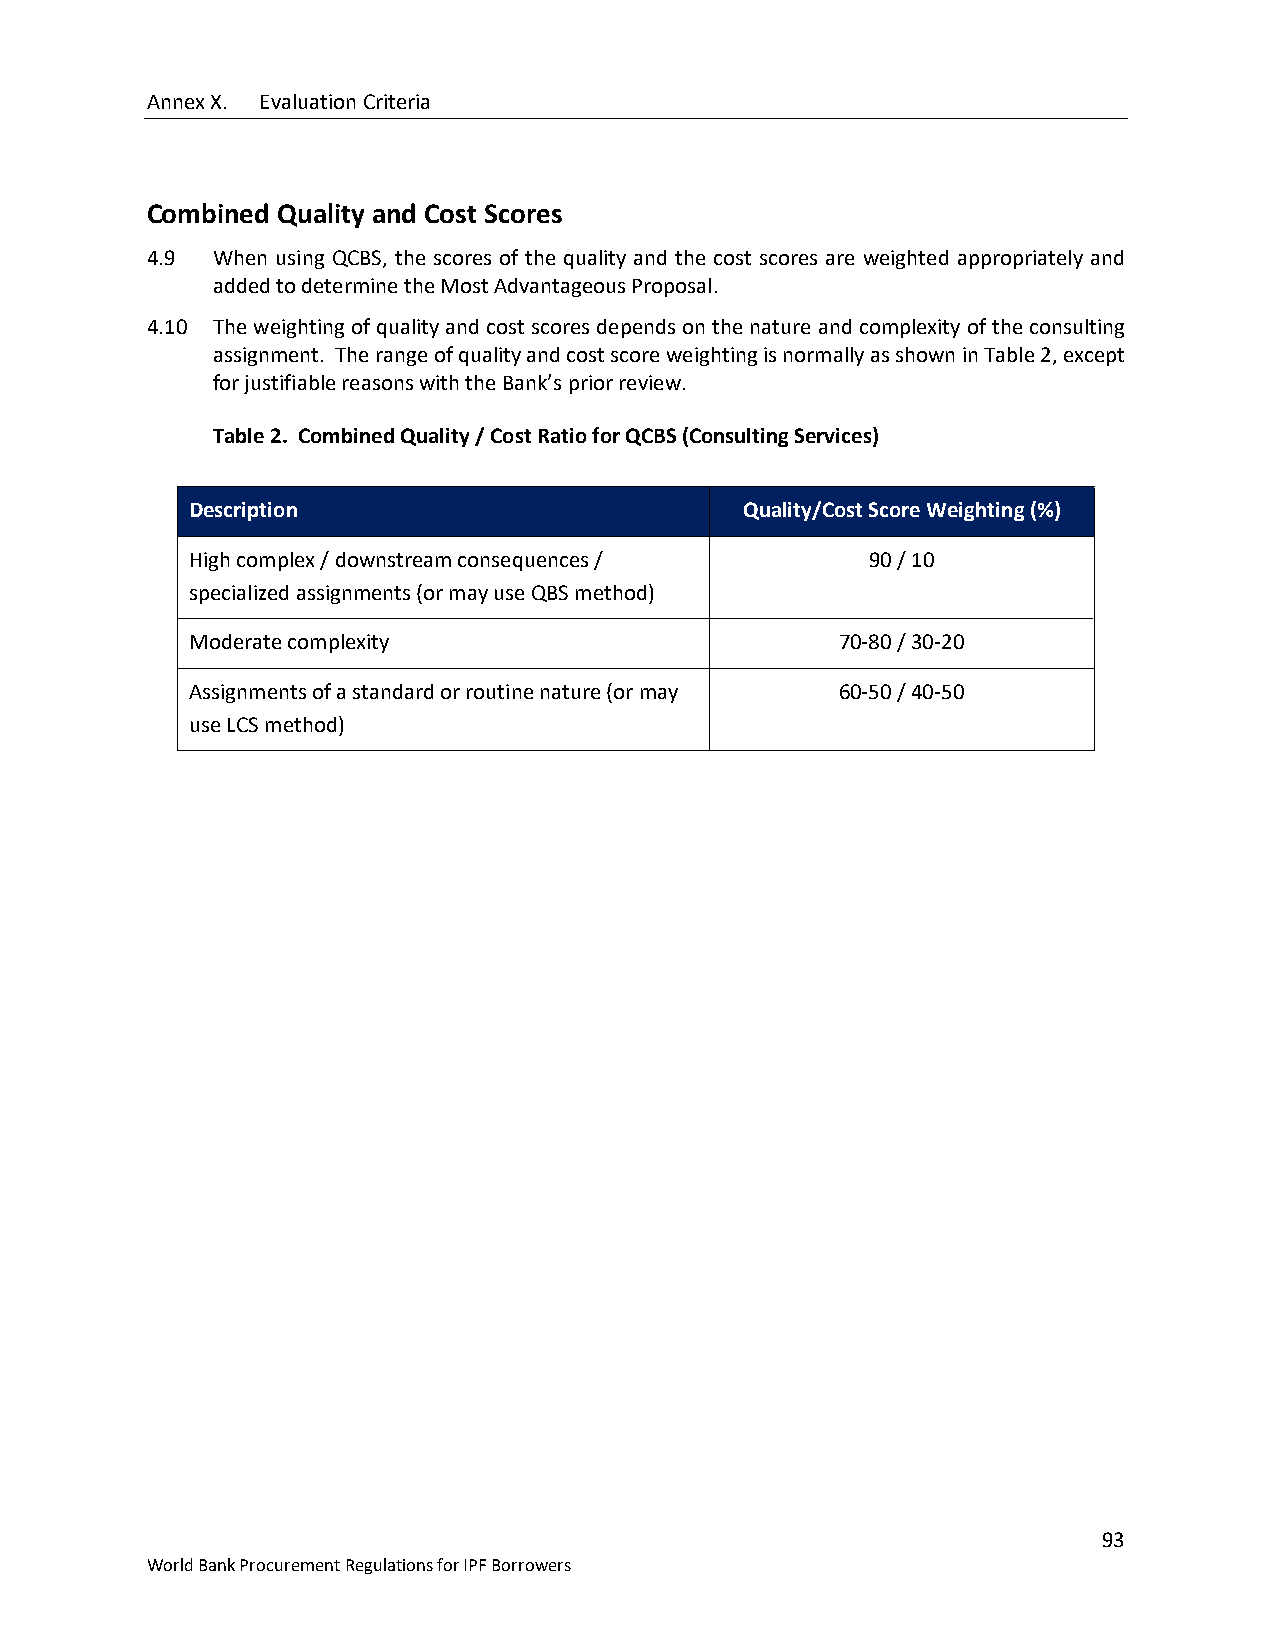
Annex X. Evaluation Criteria
 Combined Quality and Cost Scores
 4.9 When using QCBS, the scores of the quality and the cost scores are weighted appropriately and
 added to determine the Most Advantageous Proposal.
 4.10 The weighting of quality and cost scores depends on the nature and complexity of the consulting
 assignment. The range of quality and cost score weighting is normally as shown in Table 2, except
 for justifiable reasons with the Bank’s prior review.
 Table 2. Combined Quality / Cost Ratio for QCBS (Consulting Services)
 Description                         Quality/Cost Score Weighting (%)
 High complex / downstream consequences /     90 / 10
 specialized assignments (or may use QBS method)
 Moderate complexity                        70-80 / 30-20
 Assignments of a standard or routine nature (or may 60-50 / 40-50
 use LCS method)
 93
 World Bank Procurement Regulations for IPF Borrowers